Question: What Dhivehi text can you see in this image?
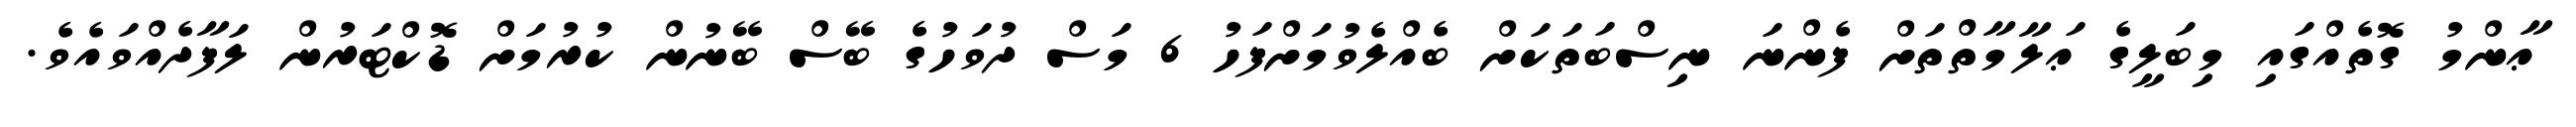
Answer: ޢާންމު ގޮތެއްގައި މިބަލީގެ ޢަލާމާތްތަށް ފެންނަ ނިސްބަތަކަށް ބެއްލެވުމަށްފަހު 6 މަސް ދުވަހުގެ ބޭސް ބޭނުން ކުރުމަށް ޑޮކްޓަރުން ލަފާދެއްވައެވެ.